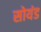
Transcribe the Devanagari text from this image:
सोयंड